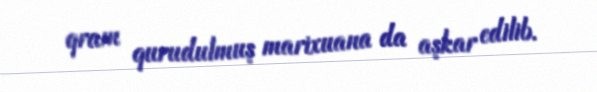
qram qurudulmuş marixuana da aşkar edilib.